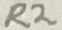
Text: R2